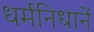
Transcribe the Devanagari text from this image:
धर्मनिधानें